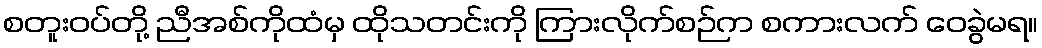
စတူးဝပ်တို့ ညီအစ်ကိုထံမှ ထိုသတင်းကို ကြားလိုက်စဉ်က စကားလက် ဝေခွဲမရ။